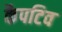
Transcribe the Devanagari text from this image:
कैपटिव